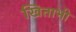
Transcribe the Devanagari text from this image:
खिताभी